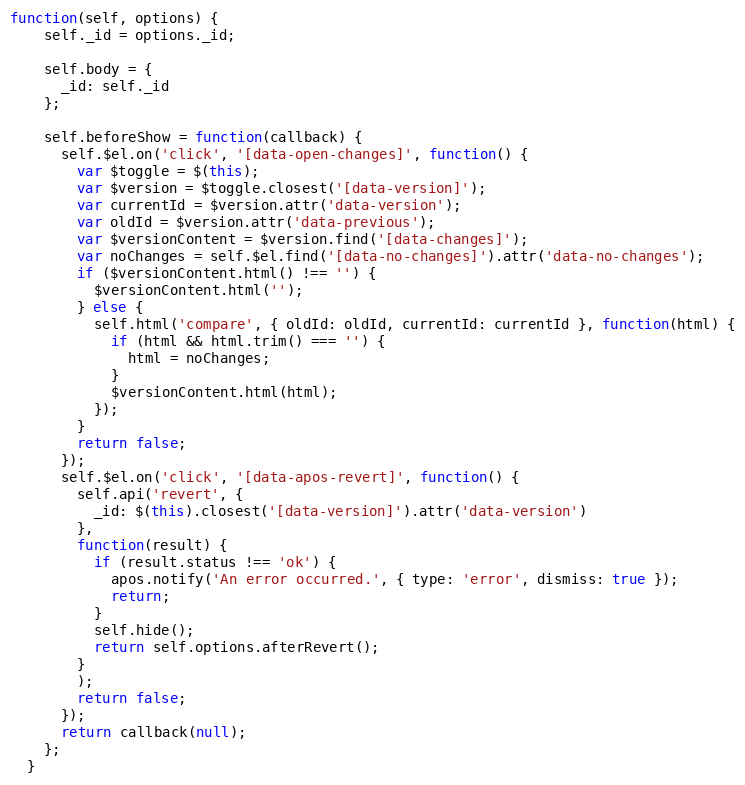
Language: JavaScript
function(self, options) {
    self._id = options._id;

    self.body = {
      _id: self._id
    };

    self.beforeShow = function(callback) {
      self.$el.on('click', '[data-open-changes]', function() {
        var $toggle = $(this);
        var $version = $toggle.closest('[data-version]');
        var currentId = $version.attr('data-version');
        var oldId = $version.attr('data-previous');
        var $versionContent = $version.find('[data-changes]');
        var noChanges = self.$el.find('[data-no-changes]').attr('data-no-changes');
        if ($versionContent.html() !== '') {
          $versionContent.html('');
        } else {
          self.html('compare', { oldId: oldId, currentId: currentId }, function(html) {
            if (html && html.trim() === '') {
              html = noChanges;
            }
            $versionContent.html(html);
          });
        }
        return false;
      });
      self.$el.on('click', '[data-apos-revert]', function() {
        self.api('revert', {
          _id: $(this).closest('[data-version]').attr('data-version')
        },
        function(result) {
          if (result.status !== 'ok') {
            apos.notify('An error occurred.', { type: 'error', dismiss: true });
            return;
          }
          self.hide();
          return self.options.afterRevert();
        }
        );
        return false;
      });
      return callback(null);
    };
  }